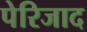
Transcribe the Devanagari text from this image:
पेरिजाद